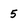
Character: 5